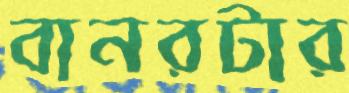
বানরটার